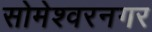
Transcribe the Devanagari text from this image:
सोमेश्वरनगर